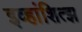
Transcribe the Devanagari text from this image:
इव्हांशित्झ